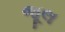
જૂલ